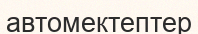
автомектептер